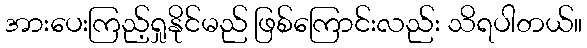
အားပေးကြည့်ရှုနိုင်မည် ဖြစ်ကြောင်းလည်း သိရပါတယ်။